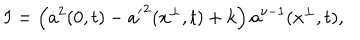
I = \left( \dot { a } ^ { 2 } ( 0 , t ) - { a ^ { \prime } } ^ { 2 } ( x ^ { \perp } , t ) + k \right) a ^ { \nu - 1 } ( x ^ { \perp } , t ) ,